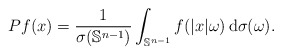
\begin{align*}Pf(x) = \frac{1}{\sigma(\mathbb{S}^{n-1})} \int_{\mathbb{S}^{n-1}} f(|x|\omega) \, \mathrm{d}\sigma(\omega). \end{align*}